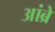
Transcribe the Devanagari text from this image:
आंब्रे